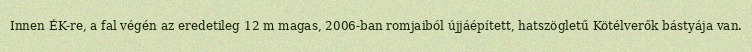
Innen ÉK-re, a fal végén az eredetileg 12 m magas, 2006-ban romjaiból újjáépített, hatszögletű Kötélverők bástyája van.